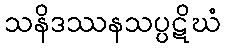
သနိဒဿနသပ္ပဋိဃံ